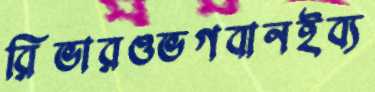
রিভারওভগবানইব্য